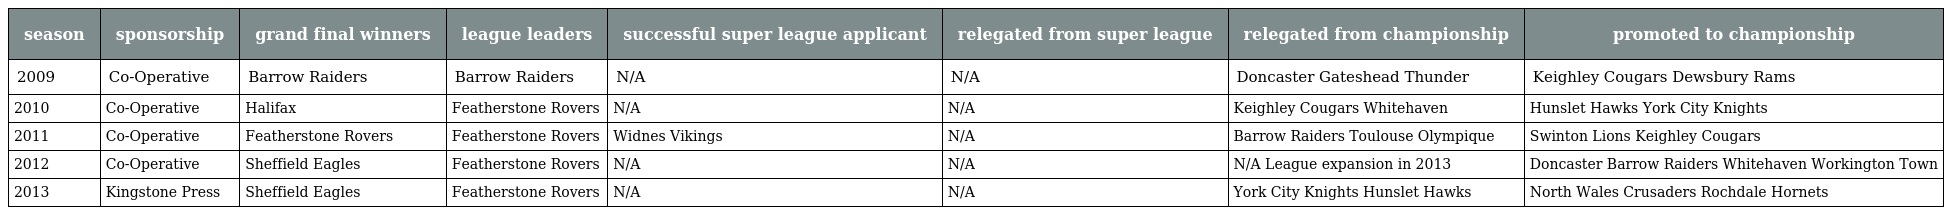
| season | sponsorship | grand final winners | league leaders | successful super league applicant | relegated from super league | relegated from championship | promoted to championship |
 | --- | --- | --- | --- | --- | --- | --- | --- |
 | 2009 | Co-Operative | Barrow Raiders | Barrow Raiders | N/A | N/A | Doncaster Gateshead Thunder | Keighley Cougars Dewsbury Rams |
 | 2010 | Co-Operative | Halifax | Featherstone Rovers | N/A | N/A | Keighley Cougars Whitehaven | Hunslet Hawks York City Knights |
 | 2011 | Co-Operative | Featherstone Rovers | Featherstone Rovers | Widnes Vikings | N/A | Barrow Raiders Toulouse Olympique | Swinton Lions Keighley Cougars |
 | 2012 | Co-Operative | Sheffield Eagles | Featherstone Rovers | N/A | N/A | N/A League expansion in 2013 | Doncaster Barrow Raiders Whitehaven Workington Town |
 | 2013 | Kingstone Press | Sheffield Eagles | Featherstone Rovers | N/A | N/A | York City Knights Hunslet Hawks | North Wales Crusaders Rochdale Hornets |